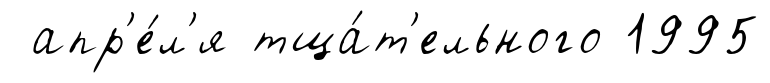
апр'е́л'я тща́т'ельного 1995